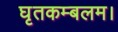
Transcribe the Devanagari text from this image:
घृतकम्बलम।